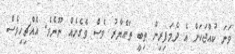
ވަނަ ކުއްޖަކަށް އެ ދެމަފިރިން ތިބީ ތައްޔާރު ވެސް ވެގެނެއް ނޫނެވެ. އެއްޗިހިވެސް